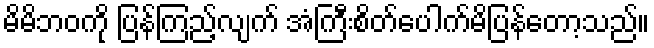
မိမိဘဝကို ပြန်ကြည့်လျက် အံကြီးစိတ်ပေါက်မိပြန်တော့သည်။